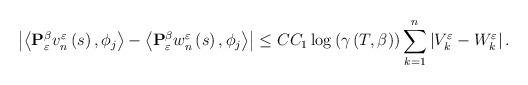
LaTeX: \begin{align*}\left|\left\langle \mathbf{P}_{\varepsilon}^{\beta}v_{n}^{\varepsilon}\left(s\right),\phi_{j}\right\rangle -\left\langle \mathbf{P}_{\varepsilon}^{\beta}w_{n}^{\varepsilon}\left(s\right),\phi_{j}\right\rangle\right| \le CC_{1}\log\left(\gamma\left(T,\beta\right)\right)\sum_{k=1}^{n}\left|V_{k}^{\varepsilon}-W_{k}^{\varepsilon}\right|.\end{align*}